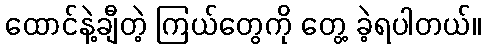
ထောင်နဲ့ချီတဲ့ ကြယ်တွေကို တွေ့ ခဲ့ရပါတယ်။